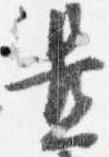
置